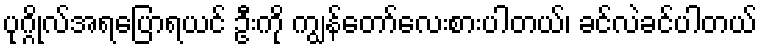
ပုဂ္ဂိုလ်အရပြောရယင် ဦးကို ကျွန်တော်လေးစားပါတယ်၊ ခင်လဲခင်ပါတယ်